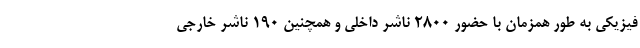
فیزیکی به طور همزمان با حضور ۲۸۰۰ ناشر داخلی و همچنین ۱۹۰ ناشر خارجی